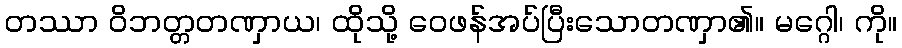
တဿာ ဝိဘတ္တတဏှာယ၊ ထိုသို့ ဝေဖန်အပ်ပြီးသောတဏှာ၏။ မဂ္ဂေါ၊ ကို။